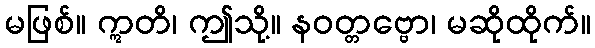
မဖြစ်။ ဣတိ၊ ဤသို့။ နဝတ္တဗ္ဗော၊ မဆိုထိုက်။